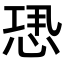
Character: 𢙷